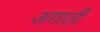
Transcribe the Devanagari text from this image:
अगाती